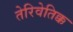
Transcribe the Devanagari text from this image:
तेरिवेतिक्क